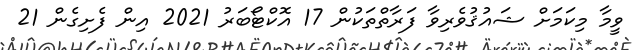
ވީމާ މިކަމަށް ޝައުޤުވެރިވާ ފަރާތްތަކުން 17 އޮކްޓޯބަރު 2021 އިން ފެށިގެން 21